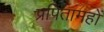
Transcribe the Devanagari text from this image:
प्रपितामहों